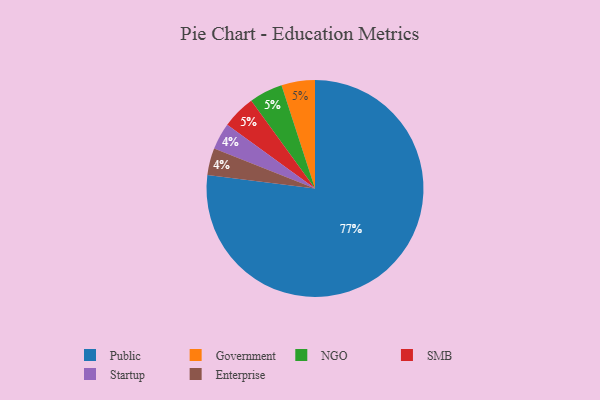
{"axis": {"x": "Category", "y": "Percentage"}, "legend": ["Enterprise", "Government", "NGO", "Public", "SMB", "Startup"], "data": [{"x": "Government", "y": 5, "type": "Government"}, {"x": "Public", "y": 77, "type": "Public"}, {"x": "NGO", "y": 5, "type": "NGO"}, {"x": "Startup", "y": 4, "type": "Startup"}, {"x": "Enterprise", "y": 4, "type": "Enterprise"}, {"x": "SMB", "y": 5, "type": "SMB"}]}